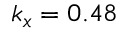
k _ { x } = 0 . 4 8